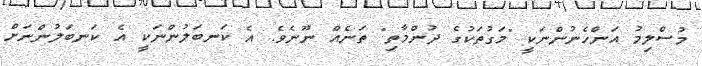
މުސްލިމު އަންހެނުންނަކީ "މަގުތަކުގެ ދުންމާތި" ތަނެއް ނޫނެވެ. އެ ކަނބަލުންނަކީ އެ ކަނބަލުންނަށް